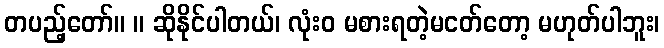
တပည့်တော်။ ။ ဆိုနိုင်ပါတယ်၊ လုံးဝ မစားရတဲ့မငတ်တော့ မဟုတ်ပါဘူး၊